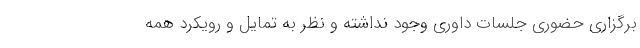
برگزاری حضوری جلسات داوری وجود نداشته و نظر به تمایل و رویکرد همه